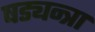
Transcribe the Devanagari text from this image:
षड्यन्त्रा